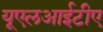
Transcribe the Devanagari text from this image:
यूएलआईटीए